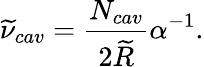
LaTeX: \widetilde{\nu}_{cav}=\frac{N_{cav}}{2\widetilde{R}}\alpha^{-1}.